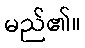
မည်၏။